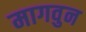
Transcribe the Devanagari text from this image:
मागवुन